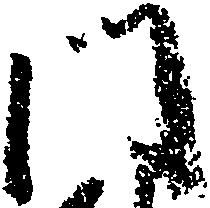
門